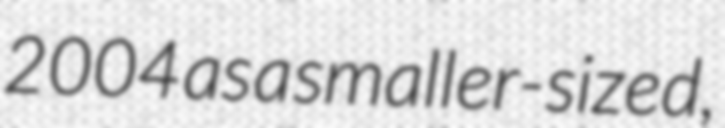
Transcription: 2004 as a smaller-sized,